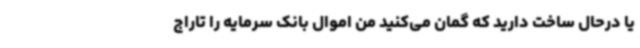
یا درحال ساخت دارید که گمان می‌کنید من اموال بانک سرمایه را تاراج